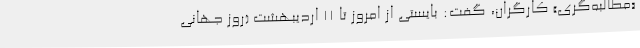
«مطالبه‌گری» کارگران، گفت: بایستی از امروز تا 11 اردیبهشت (روز جهانی